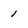
Character: 1